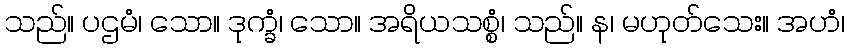
သည်။ ပဌမံ၊ သော။ ဒုက္ခံ၊ သော။ အရိယသစ္စံ၊ သည်။ န၊ မဟုတ်သေး။ အဟံ၊